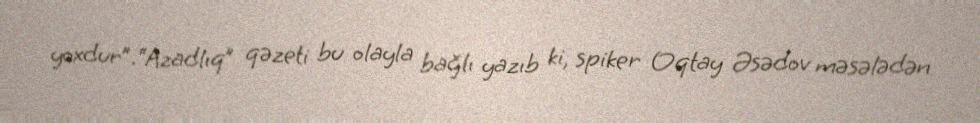
yoxdur”.“Azadlıq” qəzeti bu olayla bağlı yazıb ki, spiker Oqtay Əsədov məsələdən